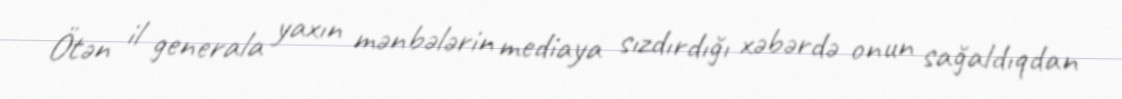
Ötən il generala yaxın mənbələrin mediaya sızdırdığı xəbərdə onun sağaldıqdan